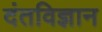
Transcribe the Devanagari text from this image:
दंतविज्ञान